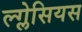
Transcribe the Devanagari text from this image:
ल्ग्लेसियस